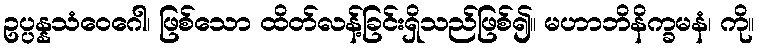
ဥပ္ပန္နသံဝေဂေါ၊ ဖြစ်သော ထိတ်လန့်ခြင်းရှိသည်ဖြစ်၍။ မဟာဘိနိက္ခမနံ၊ ကို။